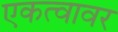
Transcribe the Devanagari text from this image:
एकत्वावर